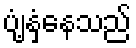
ပျံ့နှံ့နေသည်